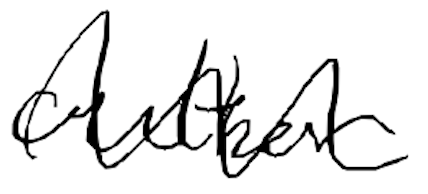
Text: author
Cross-out: wave
Writing tool: digital_black